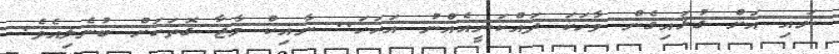
ނައި އަށް ގުޅައިގެން ވާހަކަ ދައްކަނީއެއްނު އަހަހަ.. ނާއިކް މާޖާ ގޮތަކަށް ބުނެލިއެވެ.